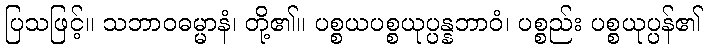
ပြသဖြင့်။ သဘာဝဓမ္မာနံ၊ တို့၏။ ပစ္စယပစ္စယုပ္ပန္နဘာဝံ၊ ပစ္စည်း ပစ္စယုပ္ပန်၏